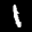
Label: 1